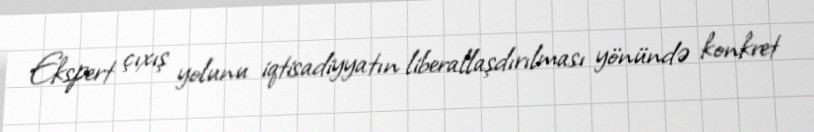
Ekspert çıxış yolunu iqtisadiyyatın liberallaşdırılması yönündə konkret